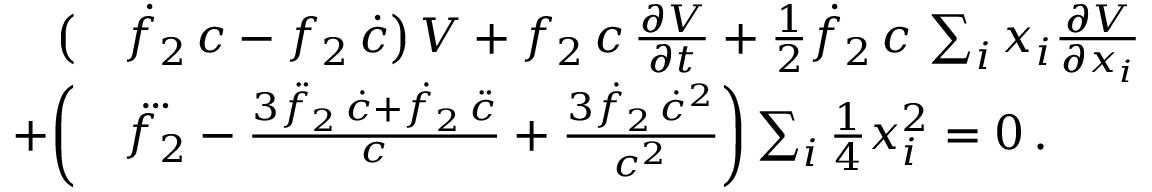
\begin{array} { r l } { \big ( } & { \dot { f } _ { 2 } \, c - f _ { 2 } \, \dot { c } \big ) \, V + f _ { 2 } \, c \, \frac { \partial V } { \partial t } + { \textstyle \frac { 1 } { 2 } } \dot { f } _ { 2 } \, c \, \sum _ { i } x _ { i } \frac { \partial V } { \partial x _ { i } } } \\ { + \bigg ( } & { \dddot { f _ { 2 } } - \frac { 3 \ddot { f } _ { 2 } \, \dot { c } + \dot { f } _ { 2 } \, \ddot { c } } { c } + \frac { 3 \dot { f } _ { 2 } \, \dot { c } ^ { 2 } } { c ^ { 2 } } \bigg ) \sum _ { i } { \textstyle \frac { 1 } { 4 } } x _ { i } ^ { 2 } = 0 \, . } \end{array}